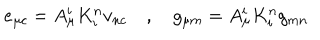
LaTeX: e _ { \mu c } = A _ { \mu } ^ { i } K _ { i } ^ { n } v _ { n c } \quad , \quad g _ { \mu m } = A _ { \mu } ^ { i } K _ { i } ^ { n } g _ { m n }